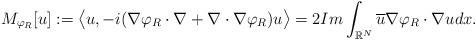
LaTeX: \begin{align*}M_{\varphi_{R}}[u]:=\big<u,-i(\nabla\varphi_{R}\cdot\nabla+\nabla\cdot\nabla\varphi_{R})u\big>=2Im\int_{\mathbb{R}^{N}}\overline{u}\nabla\varphi_{R}\cdot\nabla udx.\end{align*}